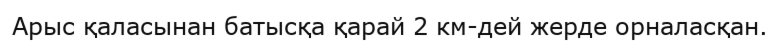
Арыс қаласынан батысқа қарай 2 км-дей жерде орналасқан.